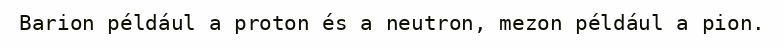
Barion például a proton és a neutron, mezon például a pion.